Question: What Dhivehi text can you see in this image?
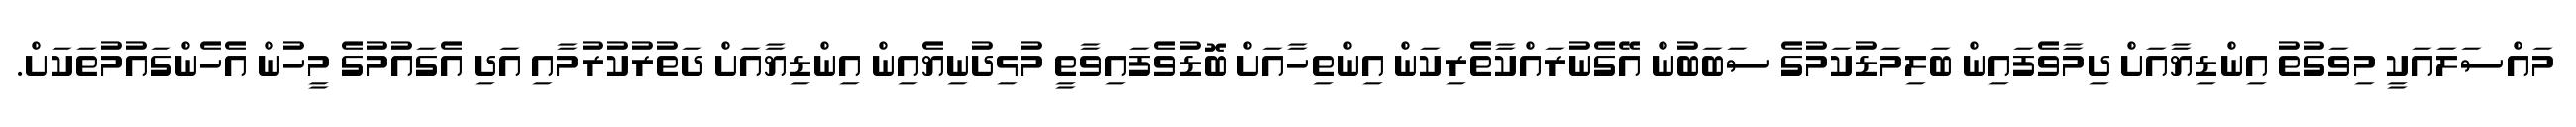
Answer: މައްސަލައަކީ މިވަގުތު އިންޑިޔާއަށް ދިމާވެފައިން ބަލިމަޑުކަމުގެ ސަބަބުން އޭގެނުރައްކާތެރިކަން އިންތިހާއަށް ބޮޑުވެފައިވާތީ މުޅިދުނިޔެއިން އިންޑިޔާއަށް ދަތުރުކުރުމާއި އަދި އެގައުމުގެ މީހުން އެހެންގައުމުތަކަށް.